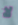
لا